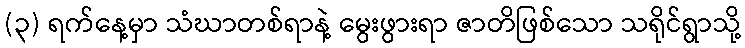
(၃) ရက်နေ့မှာ သံဃာတစ်ရာနဲ့ မွေးဖွားရာ ဇာတိဖြစ်သော သရိုင်ရွာသို့